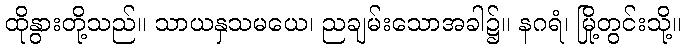
ထိုနွားတို့သည်။ သာယနှသမယေ၊ ညချမ်းသောအခါ၌။ နဂရံ၊ မြို့တွင်းသို့။